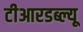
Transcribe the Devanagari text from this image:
टीआरडब्ल्यू